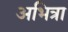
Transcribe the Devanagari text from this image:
अभित्रा